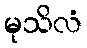
မုသိလံ